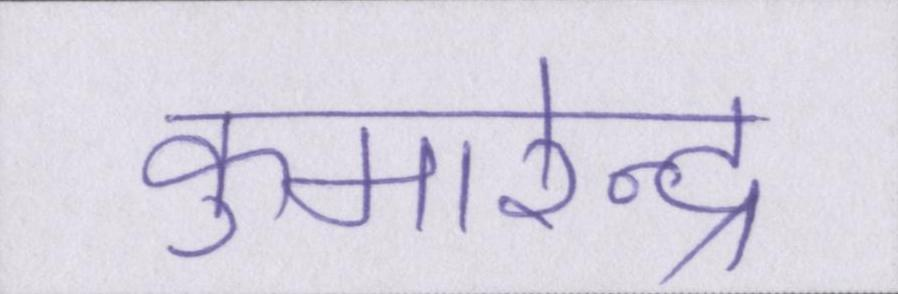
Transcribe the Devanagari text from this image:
कुमारेन्द्र